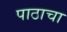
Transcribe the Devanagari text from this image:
पाठाचा